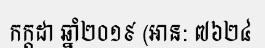
កក្តដា ឆ្នាំ២០១៩ (អាន: ៧៦២៤